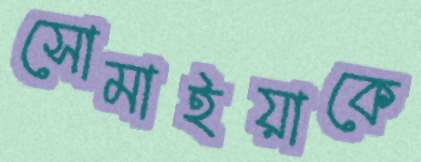
সোমাইয়াকে